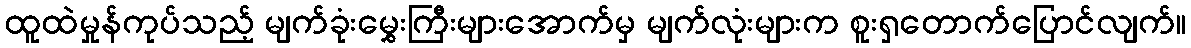
ထူထဲမှုန်ကုပ်သည့် မျက်ခုံးမွှေးကြီးများအောက်မှ မျက်လုံးများက စူးရှတောက်ပြောင်လျက်။